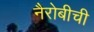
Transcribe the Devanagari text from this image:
नैरोबीची